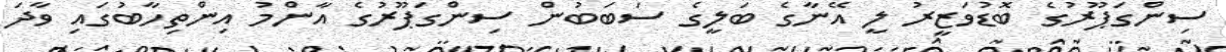
ސިންގަޕޫރުގެ ބޮޑުވަޒީރު ލީ އޭނާގެ ބަލީގެ ސަބަބުން ސިންގަޕޫރުގެ އާންމު އިންތިހާބުގައި ވާދަ